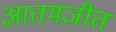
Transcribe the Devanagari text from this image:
आतमजीत